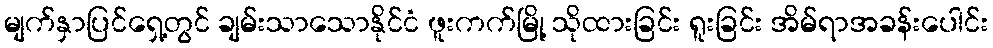
မျက်နှာပြင်ရှေ့တွင် ချမ်းသာသောနိုင်ငံ ဖူးကက်မြို့ သိုထားခြင်း ရူးခြင်း အိမ်ရာအခန်းပေါင်း